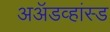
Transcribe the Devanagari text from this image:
अॲडव्हांस्ड